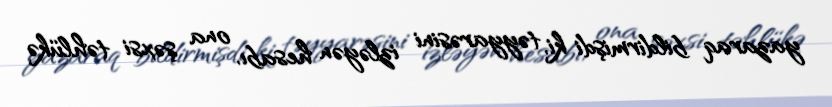
yazaraq bildirmişdi ki, təyyarəsini izləyən hesabı, ona şəxsi təhlükə